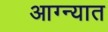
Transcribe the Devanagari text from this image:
आग्न्यात